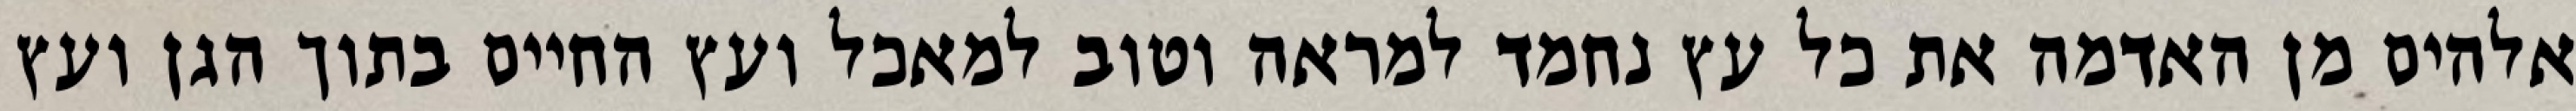
אלהים מן האדמה את כל עץ נחמד למראה וטוב למאכל ועץ החיים בתוך הגן ועץ